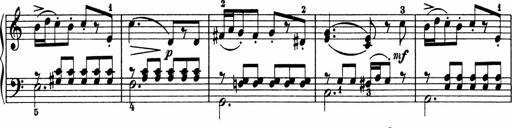
Title: 5 Sonatinen fÃ¼r die Jugend
Composer: Carl Reinecke